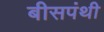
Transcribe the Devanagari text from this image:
बीसपंथी